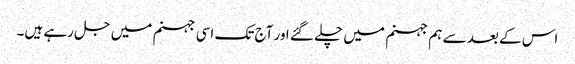
اس کے بعد سے ہم جہنم میں چلے گئے اور آج تک اسی جہنم میں جل رہے ہیں۔